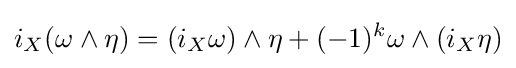
i_{X}(\omega \wedge \eta )=(i_{X}\omega )\wedge \eta +(-1)^{k}\omega \wedge (i_{X}\eta )